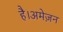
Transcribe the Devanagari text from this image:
है।अमेज़न